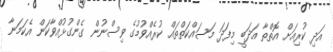
އަދި ކުރިއަށް އޮތްތާ އަދަބީ މިފަދަ މަސައްކަތްތައް ކުރެއްވުމުގެ ވިސްނުން ގެންގުޅުއްވާކަން އެކަމަނާ